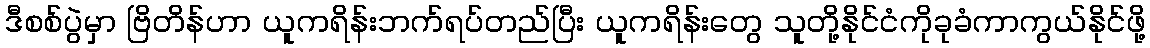
ဒီစစ်ပွဲမှာ ဗြိတိန်ဟာ ယူကရိန်းဘက်ရပ်တည်ပြီး ယူကရိန်းတွေ သူတို့နိုင်ငံကိုခုခံကာကွယ်နိုင်ဖို့